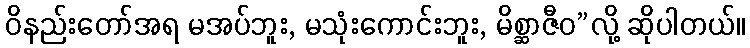
ဝိနည်းတော်အရ မအပ်ဘူး, မသုံးကောင်းဘူး, မိစ္ဆာဇီဝ”လို့ ဆိုပါတယ်။